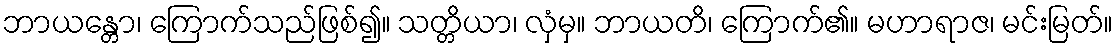
ဘာယန္တော၊ ကြောက်သည်ဖြစ်၍။ သတ္တိယာ၊ လှံမှ။ ဘာယတိ၊ ကြောက်၏။ မဟာရာဇ၊ မင်းမြတ်။